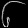
Digit: ၆